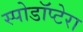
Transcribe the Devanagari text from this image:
स्पोडॉप्टेरा